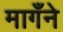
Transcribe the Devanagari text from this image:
मागँने